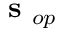
\mathrm { ~ \bf ~ s ~ } _ { o p }